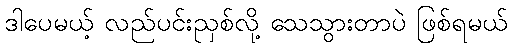
ဒါပေမယ့် လည်ပင်းညှစ်လို့ သေသွားတာပဲ ဖြစ်ရမယ်